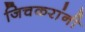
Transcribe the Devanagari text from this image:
जिचकरांनी